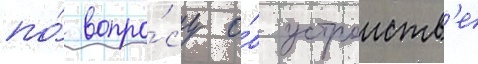
по́ вопро́су о́б устроиств'е